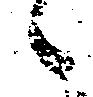
候